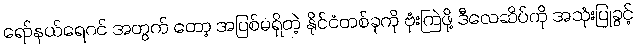
ရော်နယ်ရေဂင် အတွက် တော့ အပြစ်မရှိတဲ့ နိုင်ငံတစ်ခုကို ဗုံးကြဲဖို့ ဒီလေဆိပ်ကို အသုံးပြုခွင့်